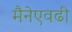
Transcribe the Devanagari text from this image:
मैनेएवढी